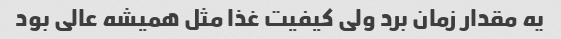
یه مقدار زمان برد ولی کیفیت غذا مثل همیشه عالی بود